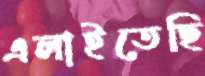
এলাইতেছি